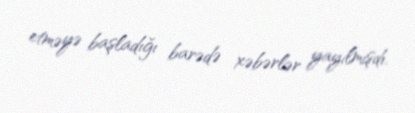
etməyə başladığı barədə xəbərlər yayılmışdı.